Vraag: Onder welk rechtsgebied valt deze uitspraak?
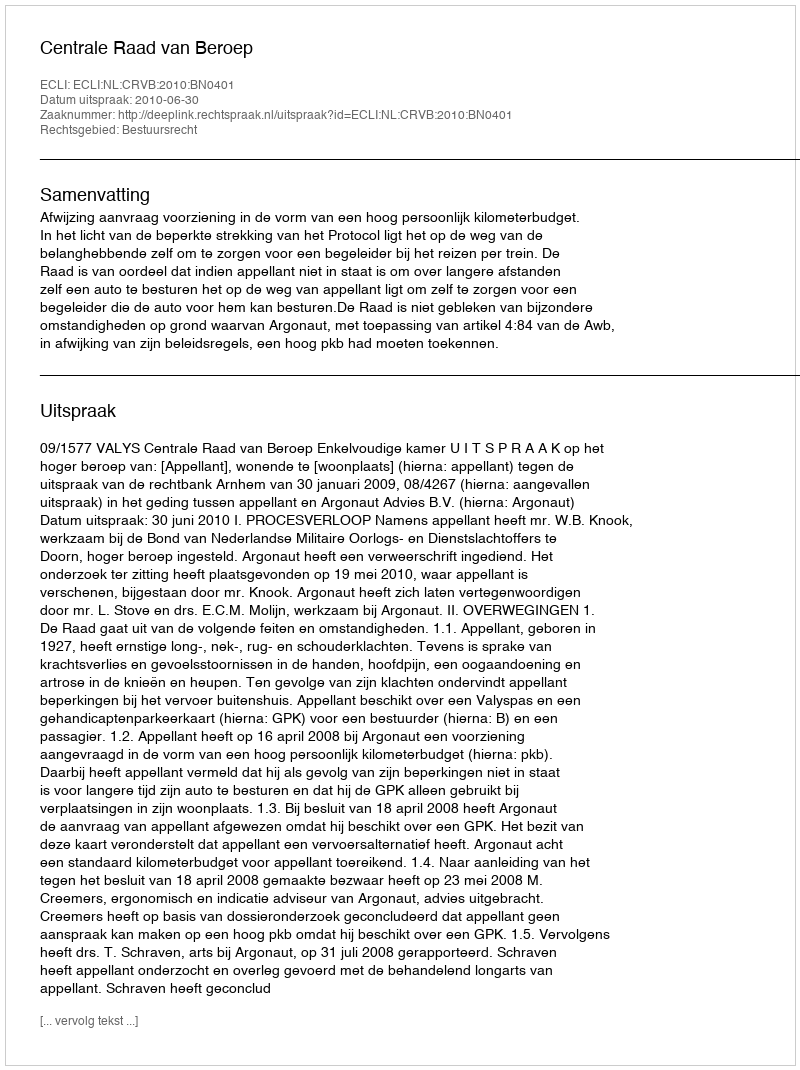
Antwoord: Bestuursrecht